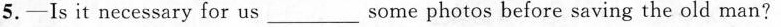
5.-Is it necessary for us\underlinesome photos before saving the old man?